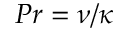
P r = \nu / \kappa